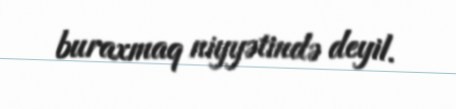
buraxmaq niyyətində deyil.